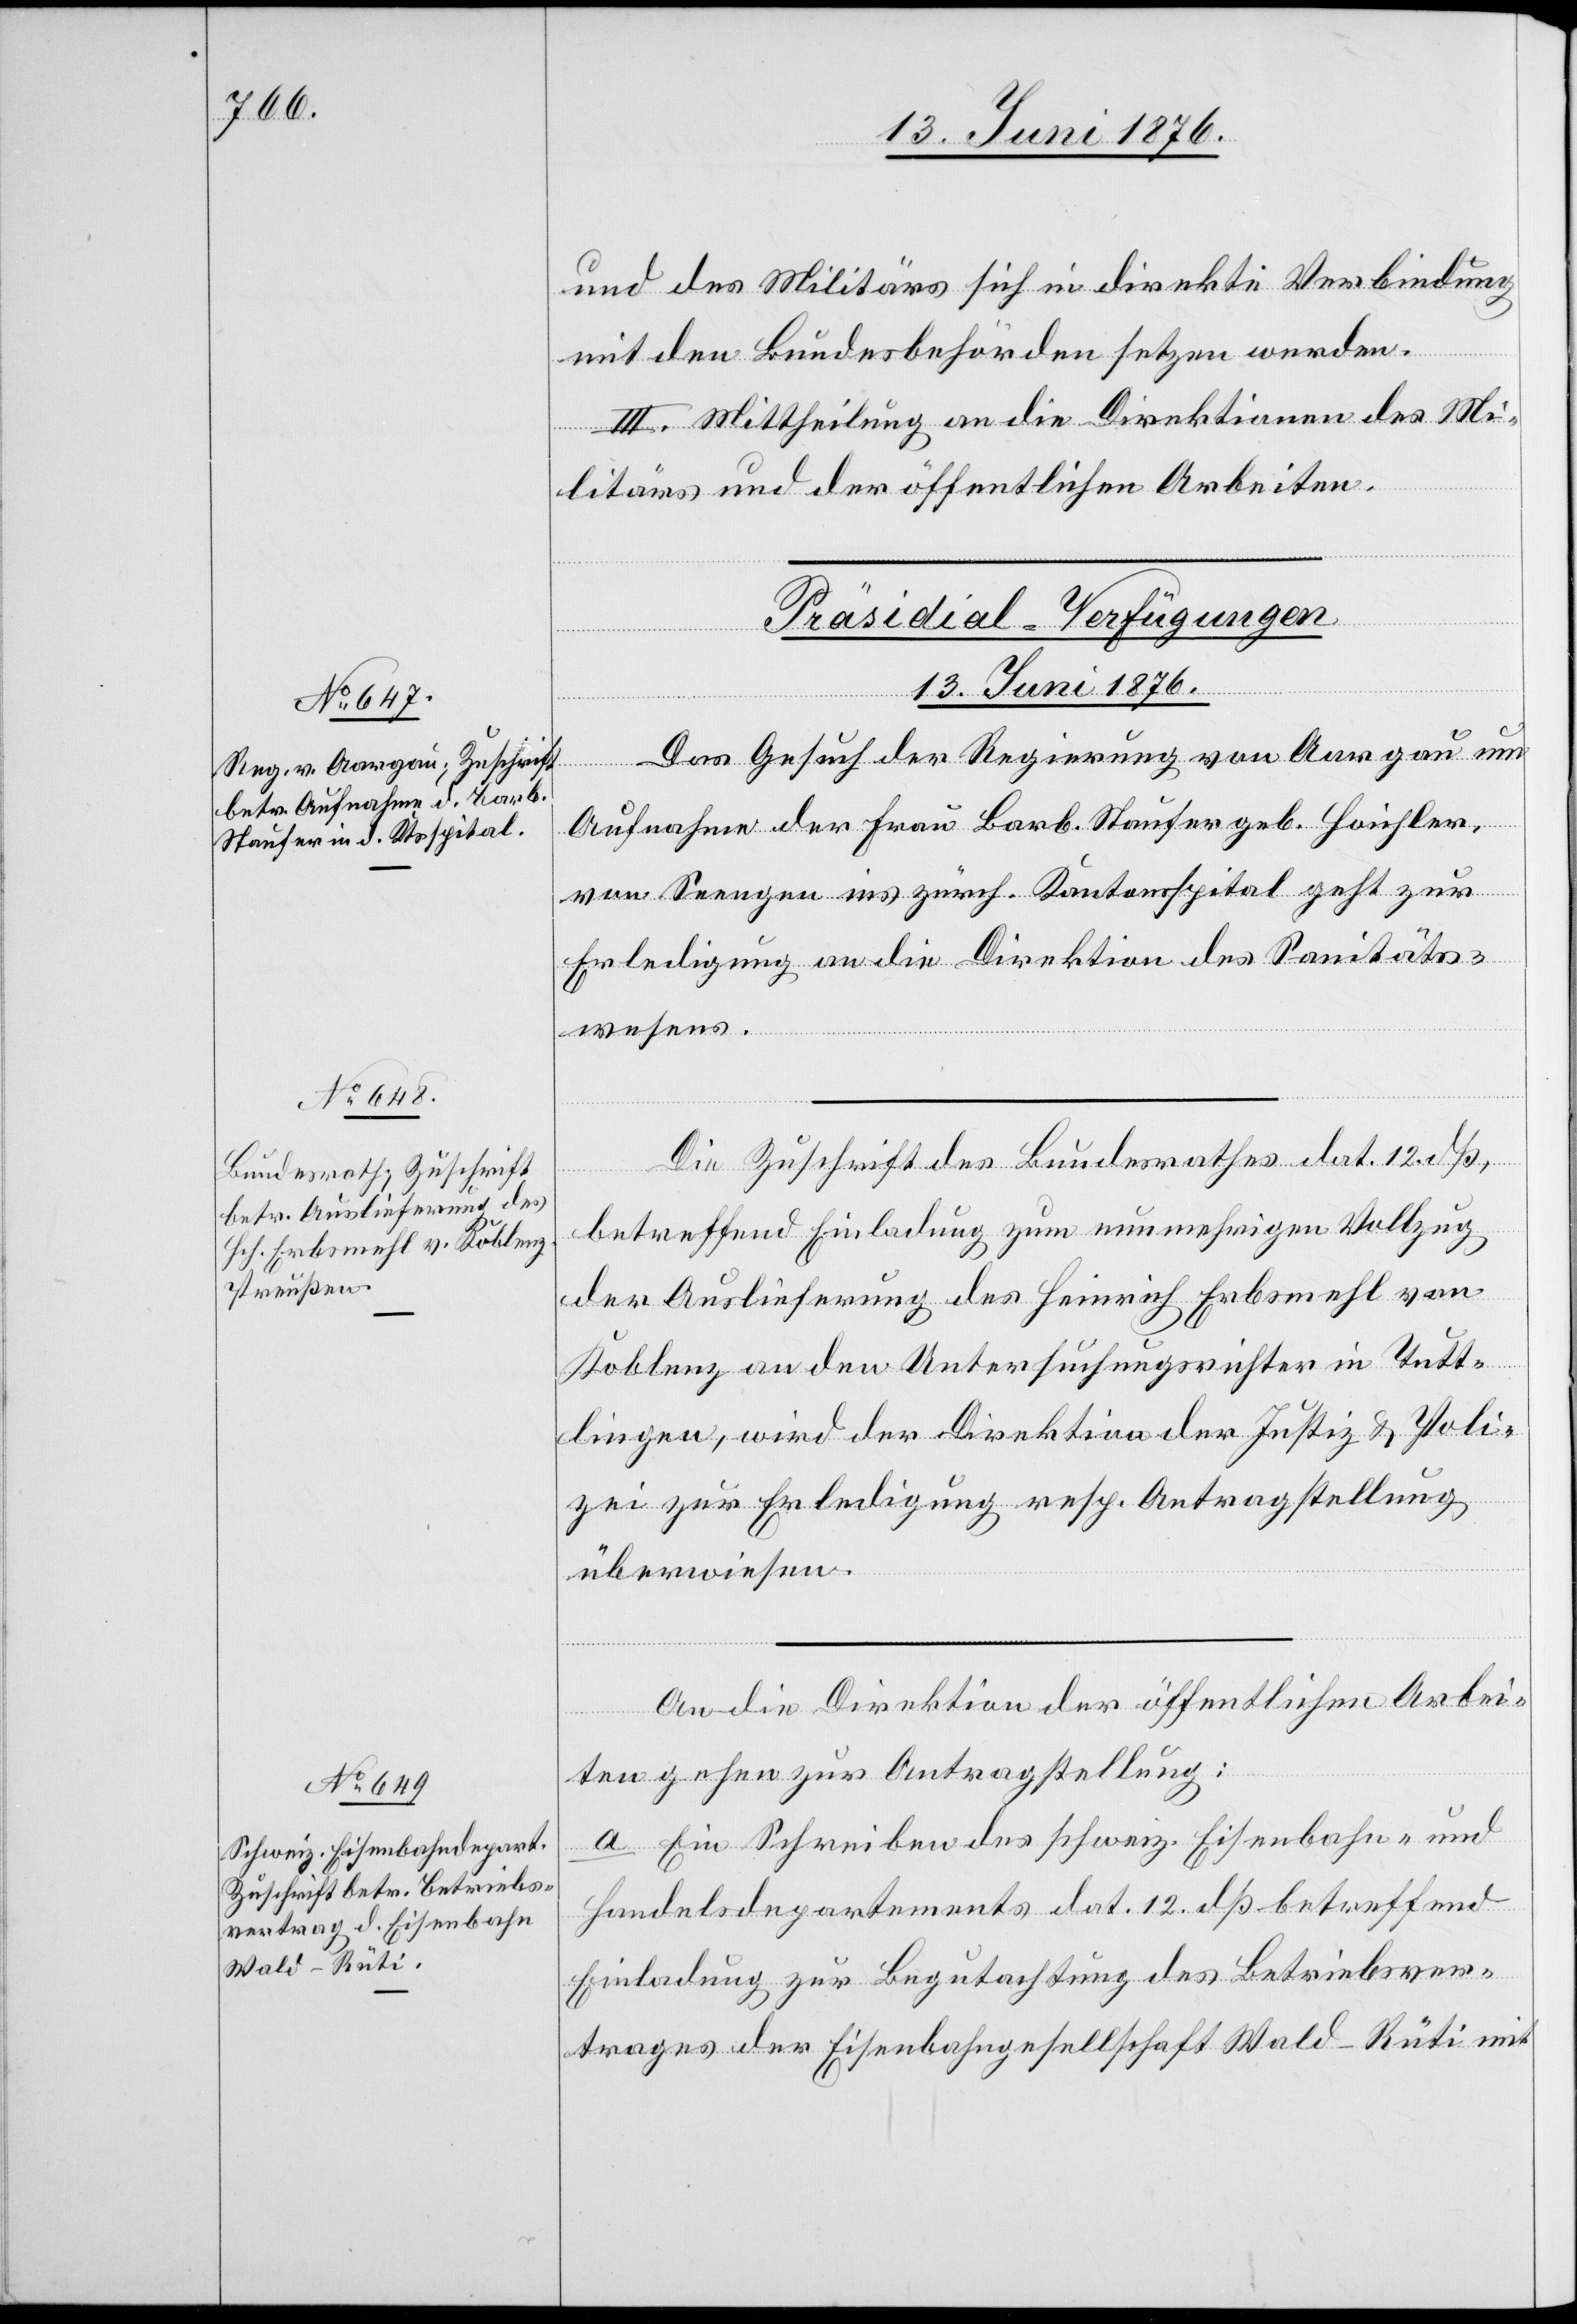
13. Juni 1876.]
und des Militärs sich in direkte Verbindung
mit den Bundesbehörden setzen werden.
III. Mittheilung an die Direktionen des Mi¬
litärs und der öffentlichen Arbeiten.
[Präsidial-Verfügungen
Das Gesuch der Regierung von Aargau um
Aufnahme der Frau Barb. Staufer geb. Hoichler,
von Seengen ins zürch. Kantonsspital geht zur
Erledigung an die Direktion des Sanitäts¬
wesens.
Die Zuschrift des Bundesrathes dat. 12. dß,
betreffend Einladung zum nunmehrigen Vollzug
der Auslieferung des Heinrich Erbsmehl von
Koblenz an den Untersuchungsrichter in Tutt¬
lingen, wird der Direktion der Justiz & Poli¬
zei zur Erledigung resp. Antragstellung
überwiesen.
An die Direktion der öffentlichen Arbei¬
ten gehen zur Antragstellung:
a Ein Schreiben des schweiz. Eisenbahn- und
Handelsdepartement dat. 12. dß betreffend
Einladung zur Begutachtung des Betriebsver¬
trages der Eisenbahngesellschaft Wald–Rüti mit